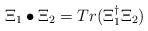
LaTeX: \begin{align*}\Xi_1 \bullet \Xi_2 = Tr(\Xi_1^\dagger \Xi_2)\end{align*}